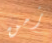
زمن